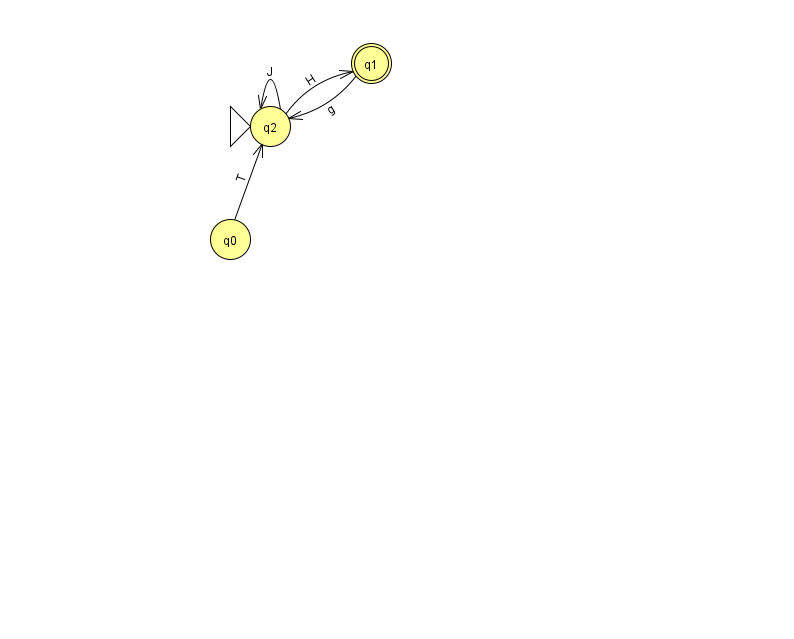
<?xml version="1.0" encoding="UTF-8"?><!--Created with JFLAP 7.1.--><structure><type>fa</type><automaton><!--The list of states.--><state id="0" name="q0"><x>230.0</x><y>226.0</y></state><state id="1" name="q1"><x>371.0</x><y>50.0</y><final/></state><state id="2" name="q2"><x>270.0</x><y>113.0</y><initial/></state><!--The list of transitions.--><transition><from>2</from><to>1</to><read>H</read></transition><transition><from>0</from><to>2</to><read>T</read></transition><transition><from>2</from><to>2</to><read>J</read></transition><transition><from>1</from><to>2</to><read>g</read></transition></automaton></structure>